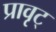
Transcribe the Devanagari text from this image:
प्रावृट्